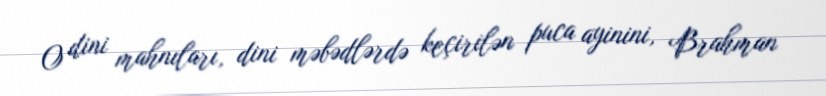
O dini mahnıları, dini məbədlərdə keçirilən puca ayinini, Brahman